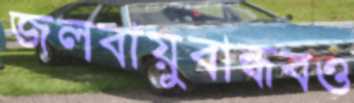
জলবায়ুবান্ধবও